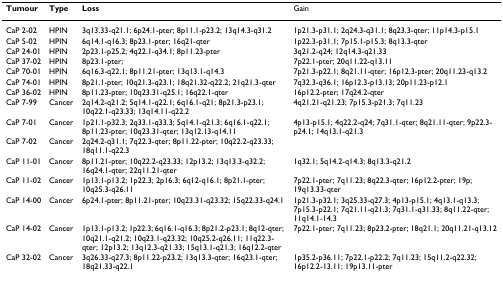
<table><thead><tr><td><b>Tumour</b></td><td><b>Type</b></td><td><b>Loss</b></td><td><b>Gain</b></td></tr></thead><tbody><tr><td>CaP 2-02</td><td>HPIN</td><td>3q13.33-q21.1; 6p24.1-pter; 8p11.1-p23.2; 13q14.3-q31.2</td><td>1p21.3-p31.1; 2q24.3-q31.1; 8q23.3-qter; 11p14.3-p15.1</td></tr><tr><td>CaP 5-02</td><td>HPIN</td><td>6q14.1-q16.3; 8p23.1-pter; 16q21-qter</td><td>1p22.3-p31.1; 7p15.1-p15.3; 8q13.3-qter</td></tr><tr><td>CaP 24-01</td><td>HPIN</td><td>2p23.1-p25.2; 4q22.1-q34.1; 8p11.23-pter</td><td>3q21.2-q24; 12q14.3-q21.33</td></tr><tr><td>CaP 37-02</td><td>HPIN</td><td>8p23.1-pter;</td><td>7p22.1-pter; 20q11.22-q13.11</td></tr><tr><td>CaP 70-01</td><td>HPIN</td><td>6q16.3-q22.1; 8p11.21-pter; 13q13.1-q14.3</td><td>7p21.3-p22.1; 8q21.11-qter; 16p12.3-pter; 20q11.23-q13.2</td></tr><tr><td>CaP 74-01</td><td>HPIN</td><td>8p21.1-pter; 10q21.3-q23.1; 18q21.32-q22.2; 21q21.3-qter</td><td>7q32.3-q36.1; 16p12.3-p13.13; 20p11.23-p12.1</td></tr><tr><td>CaP 36-02</td><td>HPIN</td><td>8p11.23-pter; 10q23.31-q25.1; 16q22.1-qter</td><td>16p12.2-pter; 17q24.2-qter</td></tr><tr><td>CaP 7-99</td><td>Cancer</td><td>2q14.2-q21.2; 5q14.1-q22.1; 6q16.1-q21; 8p21.3-p23.1; 10q22.1-q23.33; 13q14.11-q22.2</td><td>4q21.21-q21.23; 7p15.3-p21.3; 7q11.23</td></tr><tr><td>CaP 7-01</td><td>Cancer</td><td>1p21.1-p32.3; 2q33.1-q33.3; 5q14.1-q21.3; 6q16.1-q22.1; 8p11.23-pter; 10q23.31-qter; 13q12.13-q14.11</td><td>4p13-p15.1; 4q22.2-q24; 7q31.1-qter; 8q21.11-qter; 9p22.3-p24.1; 14q13.1-q21.3</td></tr><tr><td>CaP 7-02</td><td>Cancer</td><td>2q24.2-q31.1; 7q22.3-qter; 8p11.22-pter; 10q22.2-q23.33; 18q11.1-q22.3</td><td></td></tr><tr><td>CaP 11-01</td><td>Cancer</td><td>8p11.21-pter; 10q22.2-q23.33; 12p13.2; 13q13.3-q32.2; 16q24.1-qter; 22q11.21-qter</td><td>1q32.1; 5q14.2-q14.3; 8q13.3-q21.2</td></tr><tr><td>CaP 11-02</td><td>Cancer</td><td>1p13.1-p13.2; 1p22.3; 2p16.3; 6q12-q16.1; 8p21.1-pter; 10q25.3-q26.11</td><td>7p22.1-pter; 7q11.23; 8q22.3-qter; 16p12.2-pter; 19p; 19q13.33-qter</td></tr><tr><td>CaP 14-00</td><td>Cancer</td><td>6p24.1-pter; 8p11.21-pter; 10q23.31-q23.32; 15q22.33-q24.1</td><td>1p21.3-p32.1; 3q25.33-q27.3; 4p13-p15.1; 4q13.1-q13.3; 7p15.3-p22.1; 7q21.11-q21.3; 7q31.1-q31.33; 8q11.22-qter; 11q14.1-14.3</td></tr><tr><td>CaP 14-02</td><td>Cancer</td><td>1p13.1-p13.2; 1p22.3; 6q16.1-q16.3; 8p21.2-p23.1; 8q12-qter; 10q21.1-q21.2; 10q23.1-q23.32; 10q25.2-q26.11; 11q22.3-qter; 12p13.2; 13q12.3-q21.33; 15q13.1-q21.3; 16q12.2-qter</td><td>7p22.1-pter; 7q11.23; 8p23.2-pter; 18q21.1; 20q11.21-q13.12</td></tr><tr><td>CaP 32-02</td><td>Cancer</td><td>3q26.33-q27.3; 8p11.22-p23.2; 13q13.3-qter; 16q23.1-qter; 18q21.33-q22.1</td><td>1p35.2-p36.11; 7p22.1-p22.2; 7q11.23; 15q11.2-q22.32; 16p12.2-13.11; 19p13.11-pter</td></tr></tbody></table>